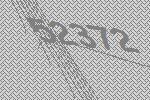
52372